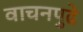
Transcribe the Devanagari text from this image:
वाचनपुढे